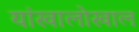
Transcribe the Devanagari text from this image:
यांखालोखाल